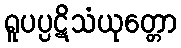
ရူပပ္ပဋိသံယုတ္တော